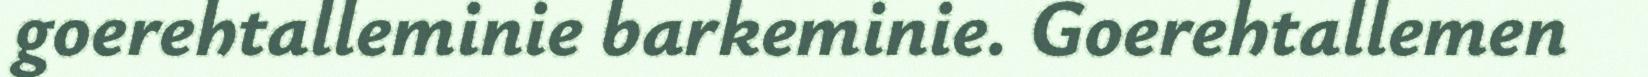
goerehtalleminie barkeminie. Goerehtallemen